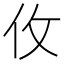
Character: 𰁦